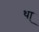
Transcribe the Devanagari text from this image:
था्